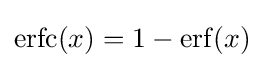
\operatorname {erfc} (x)=1-\operatorname {erf} (x)